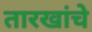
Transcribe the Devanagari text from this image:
तारखांचे